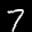
Label: 7